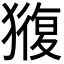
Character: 𭸬